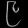
Digit: ၉